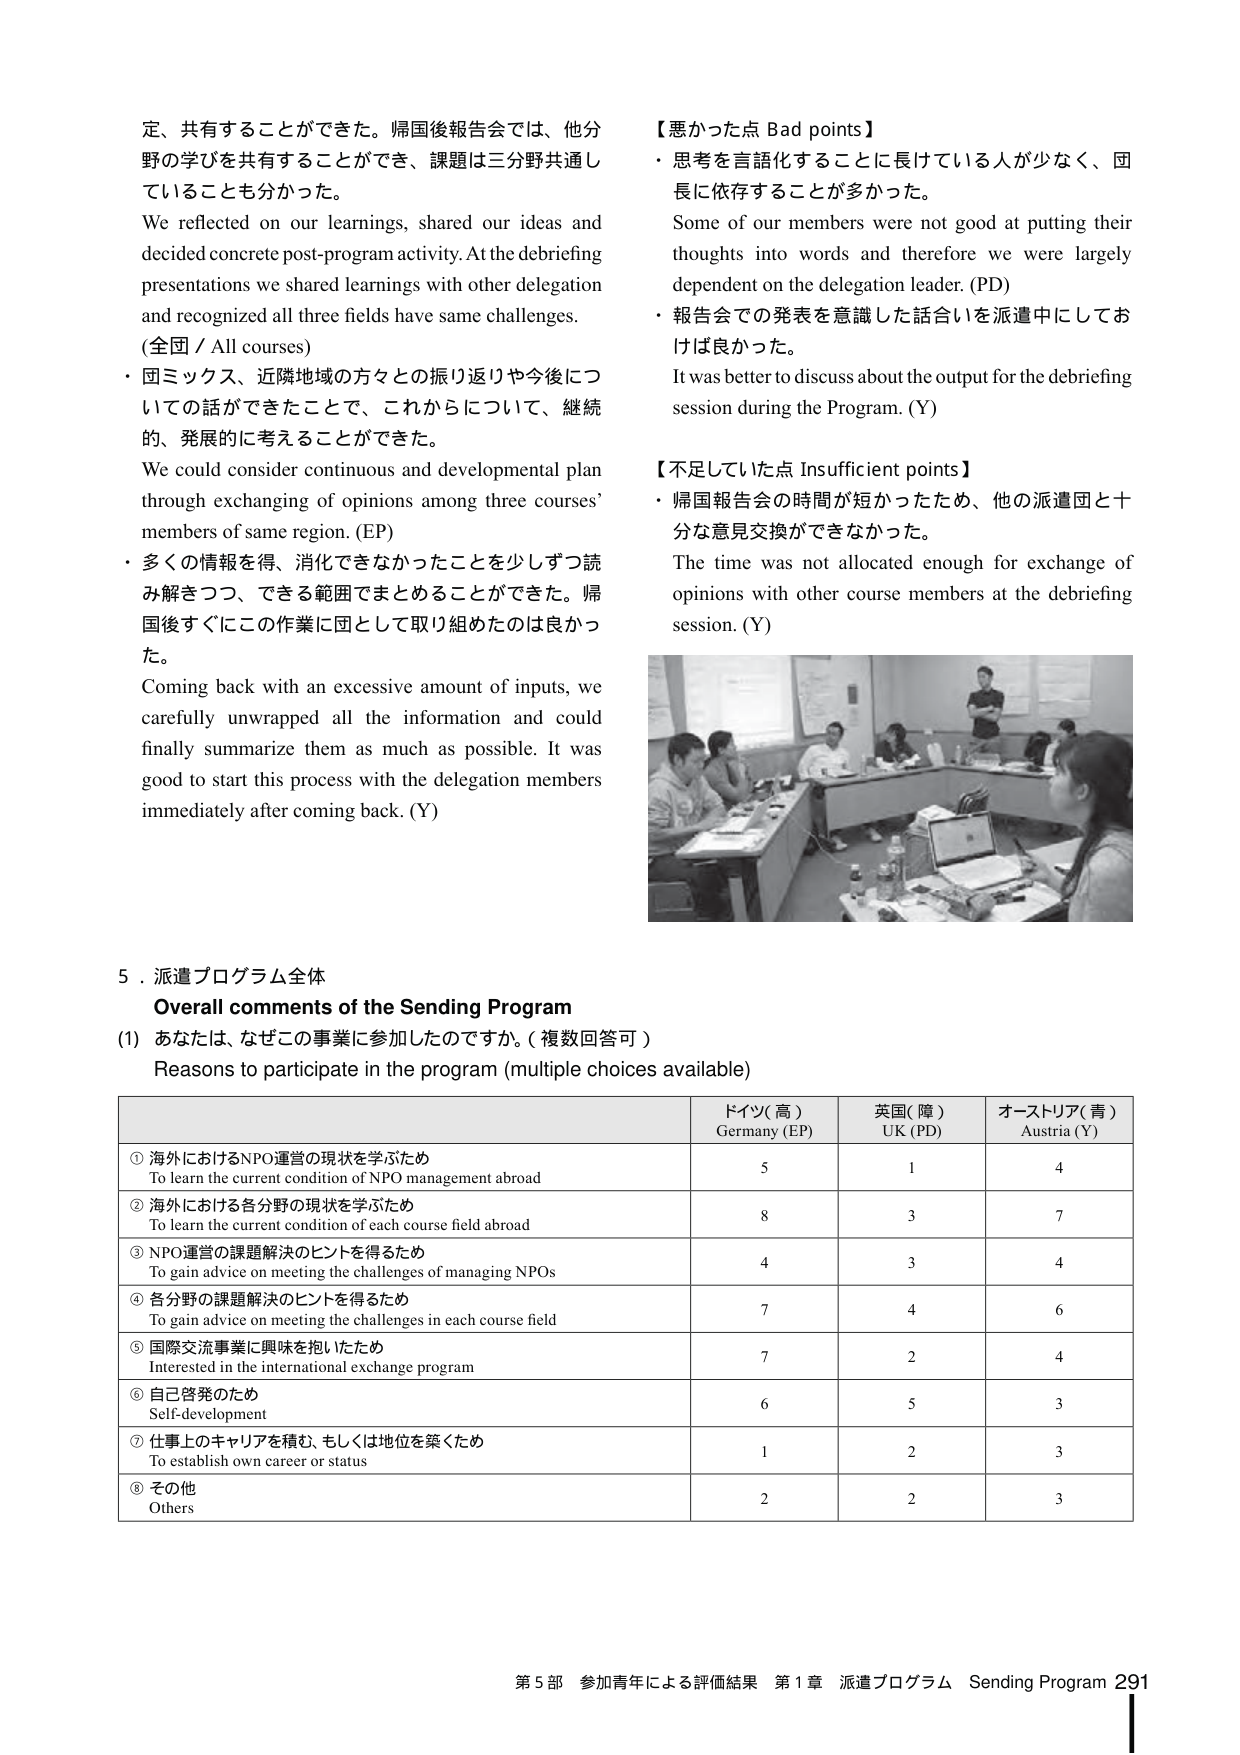
定、共有することができた。帰国後報告会では、他分野の学びを共有することができ、課題は三分野共通していることも分かった。
We reflected on our learnings, shared our ideas and decided concrete post-program activity. At the debriefing presentations we shared learnings with other delegation and recognized all three fields have same challenges.
(全団 / All courses)
・団ミックス、近隣地域の方々との振り返りや今後についての話ができてたことで、これからについて、継続的、発展的に考えることができる。
We could consider continuous and developmental plan through exchanging of opinions among three courses’ members of same region. (EP)
・多くの情報を得、消化できなかったことを少しずつ読み解きつつ、できる範囲でまとめることができた。帰国後すぐにこの作業に団として取り組めたのは良かった。
Coming back with an excessive amount of inputs, we carefully unwrapped all the information and could finally summarize them as much as possible. It was good to start this process with the delegation members immediately after coming back. (Y)

【悪かった点 Bad points】
・思考を言語化することに長けている人が少なく、団長に依存することが多かった。
Some of our members were not good at putting their thoughts into words and therefore we were largely dependent on the delegation leader. (PD)
・報告会での発表を意識した話合いを派遣中にしておけば良かった。
It was better to discuss about the output for the debriefing session during the Program. (Y)

【不足していた点 Insufficient points】
・帰国報告会の時間が短かったため、他の派遣団と十分な意見交換ができなかった。
The time was not allocated enough for exchange of opinions with other course members at the debriefing session. (Y)

5．派遣プログラム全体
Overall comments of the Sending Program
(1) あなたは、なぜこの事業に参加したのですか。（複数回答可）
Reasons to participate in the program (multiple choices available)

| | ドイツ（高） Germany (EP) | 英国（障） UK (PD) | オーストリア（青） Austria (Y) |
|---|---|---|---|
| ① 海外におけるNPO運営の現状を学ぶため To learn the current condition of NPO management abroad | 5 | 1 | 4 |
| ② 海外における各分野の現状を学ぶため To learn the current condition of each course field abroad | 8 | 3 | 7 |
| ③ NPO運営の課題解決のヒントを得るため To gain advice on meeting the challenges of managing NPOs | 4 | 3 | 4 |
| ④ 各分野の課題解決のヒントを得るため To gain advice on meeting the challenges in each course field | 7 | 4 | 6 |
| ⑤ 国際交流事業に興味を抱いたため Interested in the international exchange program | 7 | 2 | 4 |
| ⑥ 自己啓発のため Self-development | 6 | 5 | 3 |
| ⑦ 仕事上のキャリアを積む、もしくは地位を築くため To establish own career or status | 1 | 2 | 3 |
| ⑧ その他 Others | 2 | 2 | 3 |

第5部 参加青年による評価結果 第1章 派遣プログラム Sending Program 291